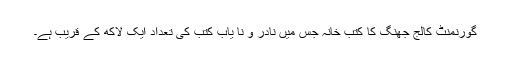
گورنمنٹ کالج جھنگ کا کتب خانہ جس میں نادر و نا یاب کتب کی تعداد ایک لاکھ کے قریب ہے۔